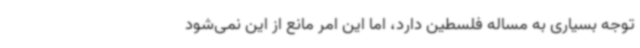
توجه بسیاری به مساله فلسطین دارد، اما این امر مانع از این نمی‌شود